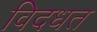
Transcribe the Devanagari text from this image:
विदधत